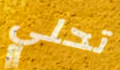
تحلي